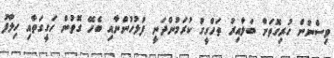
ވިސްނުން ހުރިގޮތަށް ބަލާއިރު ތަހްގީގު ކުރަމުންދަނީ ފުލުހުންނާއި ބެހޭ ގޮތުން ހަގީގަތާއި ހިލާފު